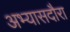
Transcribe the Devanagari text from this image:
अभ्यासदौरा